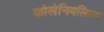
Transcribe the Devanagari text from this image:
कोलेनियलिज्म